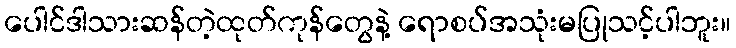
ပေါင်ဒါသားဆန်တဲ့ထုတ်ကုန်တွေနဲ့ ရောစပ်အသုံးမပြုသင့်ပါဘူး။